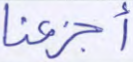
أجزعنا